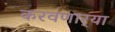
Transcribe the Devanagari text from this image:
करवणार्‍या